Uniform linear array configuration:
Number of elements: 32
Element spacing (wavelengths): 0.5
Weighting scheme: blackman
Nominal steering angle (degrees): -30
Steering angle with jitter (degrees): -29.024
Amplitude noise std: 0.05
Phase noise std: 0.05

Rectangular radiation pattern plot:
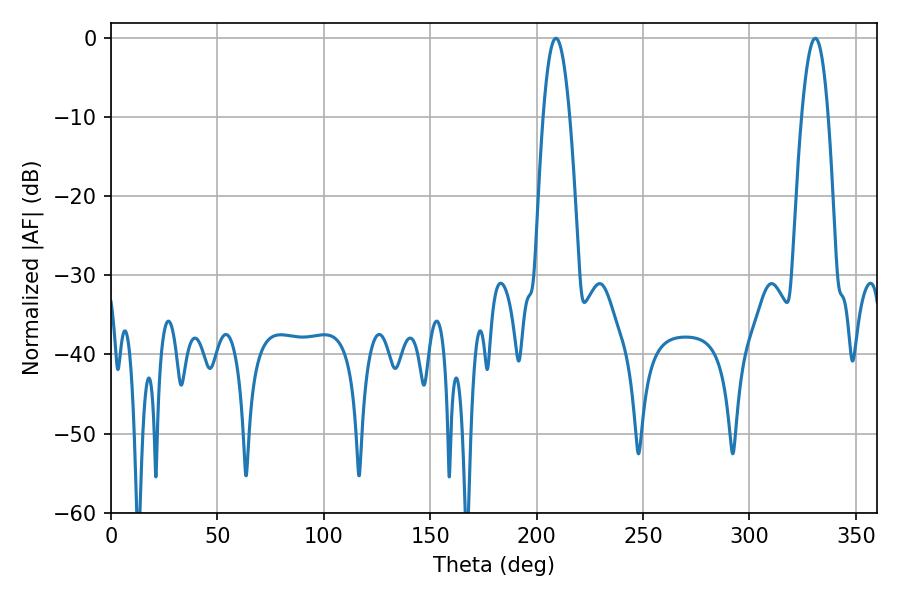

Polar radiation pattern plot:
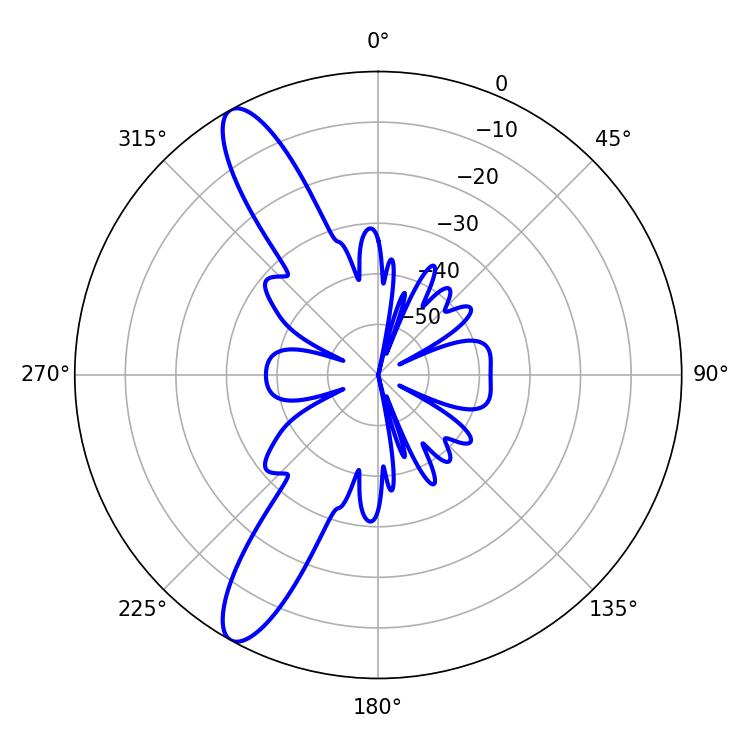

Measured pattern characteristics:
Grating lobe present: FALSE
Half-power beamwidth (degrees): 6.84
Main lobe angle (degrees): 330.84